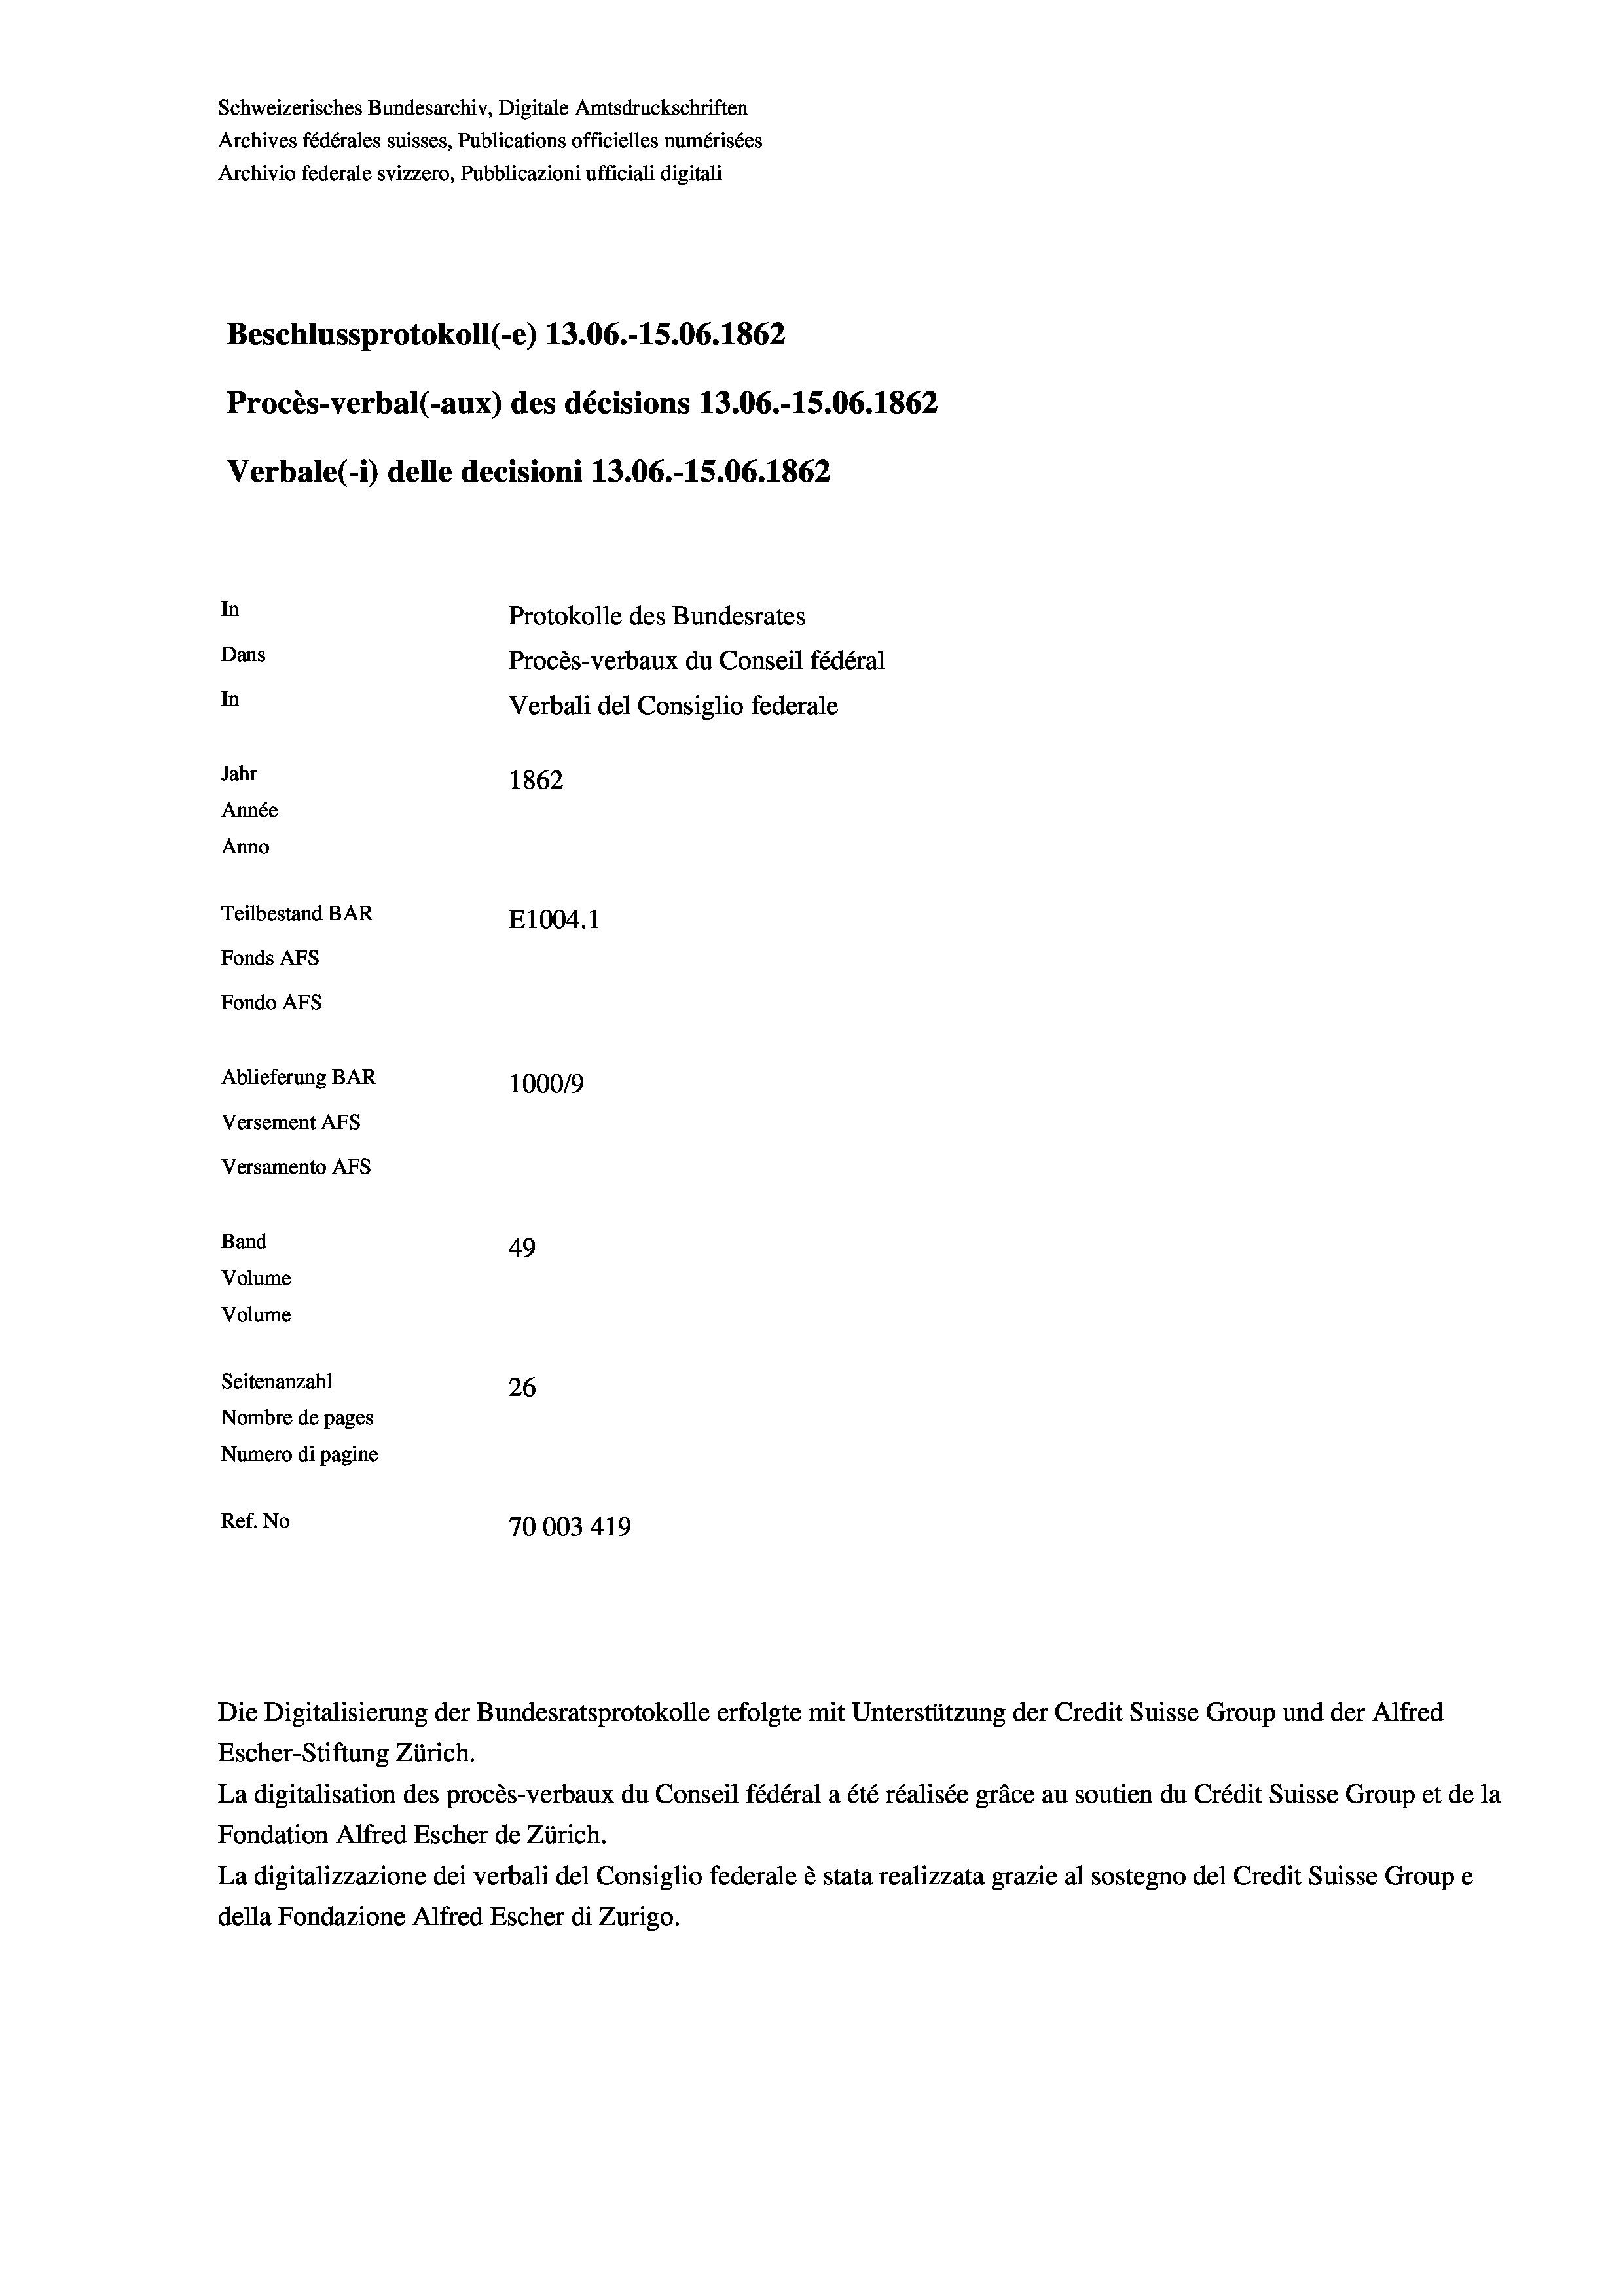
Schweizerisches Bundesarchiv, Digitale Amtsdruckschriften
Archives fédérales suisses, Publications officielles numérisées
Archivio federale svizzero, Pubblicazioni ufficiali digitali
Beschlussprotokoll (-e) 13.06.-15.06. 1862
Procès-verbal (-aux) des décisions 13.06.-15.06. 1862
Verbale(1) delle decisioni 13.06.-15.06. 1862
In
Protokolle des Bundesrates
Dans
Procès-verbaux du Conseil fédéral
In
Verbali del Consiglio federale
Jahr
1862
Année
Anno
Teilbestand BAR
E1004. 1
Fonds AFs
Fondo Afs
Ablieferung BAR
100019
Versement AFs
Versamento Afs
Band
49
Volume
Volume
Seitenanzahl
26
Nombre de pages
Numero di pagine
Ref. No
70003 419

La digitalisation des procès-verbaux du Conseil fédéral a été réalisée gräce au soutien du Crédit Suisse Group et de la
Fondation Alfred Escher de Zürich.
La digitalizzazione dei verbali del Consiglio federale è stata realizzata grazie al sostegno del Credit Suisse Groupe
della Fondazione Alfred Escher di Zurigo.

Die Digitalisierung der Bundesratsprotokolle erfolgte mit Unterstützung der Credit Suisse Group und der Alfred
Escher-Stiftung Zürich.